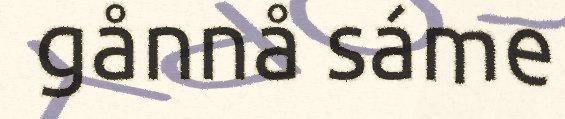
gånnå sáme